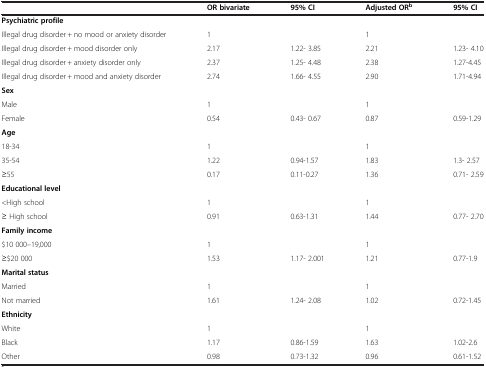
<table><thead><tr><td><b> </b></td><td><b>OR bivariate</b></td><td><b>95% CI</b></td><td><b>Adjusted OR<sup>b</sup></b></td><td><b>95% CI</b></td></tr></thead><tbody><tr><td><b>Psychiatric profile</b></td><td> </td><td> </td><td> </td><td> </td></tr><tr><td>Illegal drug disorder + no mood or anxiety disorder</td><td>1</td><td> </td><td>1</td><td> </td></tr><tr><td>Illegal drug disorder + mood disorder only</td><td>2.17</td><td>1.22- 3.85</td><td>2.21</td><td>1.23- 4.10</td></tr><tr><td>Illegal drug disorder + anxiety disorder only</td><td>2.37</td><td>1.25- 4.48</td><td>2.38</td><td>1.27-4.45</td></tr><tr><td>Illegal drug disorder + mood and anxiety disorder</td><td>2.74</td><td>1.66- 4.55</td><td>2.90</td><td>1.71-4.94</td></tr><tr><td><b>Sex</b></td><td> </td><td> </td><td> </td><td> </td></tr><tr><td>Male</td><td>1</td><td> </td><td>1</td><td> </td></tr><tr><td>Female</td><td>0.54</td><td>0.43- 0.67</td><td>0.87</td><td>0.59-1.29</td></tr><tr><td><b>Age</b></td><td> </td><td> </td><td> </td><td> </td></tr><tr><td>18-34</td><td>1</td><td> </td><td>1</td><td> </td></tr><tr><td>35-54</td><td>1.22</td><td>0.94-1.57</td><td>1.83</td><td>1.3- 2.57</td></tr><tr><td>≥55</td><td>0.17</td><td>0.11-0.27</td><td>1.36</td><td>0.71- 2.59</td></tr><tr><td><b>Educational level</b></td><td> </td><td> </td><td> </td><td> </td></tr><tr><td>&lt;High school</td><td>1</td><td> </td><td>1</td><td> </td></tr><tr><td>≥ High school</td><td>0.91</td><td>0.63-1.31</td><td>1.44</td><td>0.77- 2.70</td></tr><tr><td><b>Family income</b></td><td> </td><td> </td><td> </td><td> </td></tr><tr><td>$10 000–19,000</td><td>1</td><td> </td><td>1</td><td> </td></tr><tr><td>≥$20 000</td><td>1.53</td><td>1.17- 2.001</td><td>1.21</td><td>0.77-1.9</td></tr><tr><td><b>Marital status</b></td><td> </td><td> </td><td> </td><td> </td></tr><tr><td>Married</td><td>1</td><td> </td><td>1</td><td> </td></tr><tr><td>Not married</td><td>1.61</td><td>1.24- 2.08</td><td>1.02</td><td>0.72-1.45</td></tr><tr><td><b>Ethnicity</b></td><td> </td><td> </td><td> </td><td> </td></tr><tr><td>White</td><td>1</td><td> </td><td>1</td><td> </td></tr><tr><td>Black</td><td>1.17</td><td>0.86-1.59</td><td>1.63</td><td>1.02-2.6</td></tr><tr><td>Other</td><td>0.98</td><td>0.73-1.32</td><td>0.96</td><td>0.61-1.52</td></tr></tbody></table>